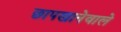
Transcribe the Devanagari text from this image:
छापखानेवाले